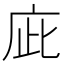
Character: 庛